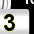
Digit: 3